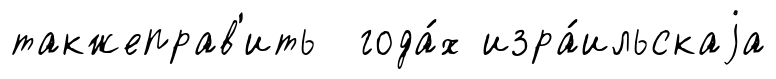
такжеправ'ить года́х изра́ильскаjа